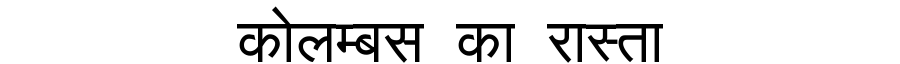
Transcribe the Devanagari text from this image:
कोलम्बस का रास्ता